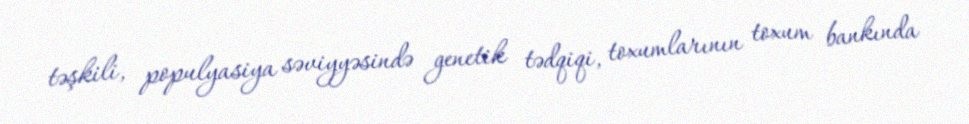
təşkili, populyasiya səviyyəsində genetik tədqiqi, toxumlarının toxum bankında